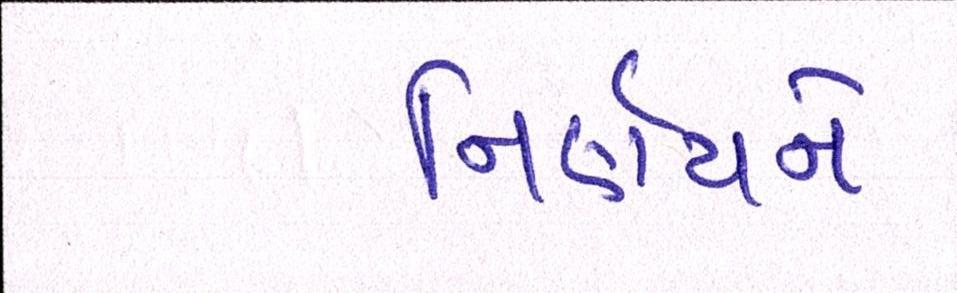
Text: નિર્ણયને